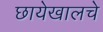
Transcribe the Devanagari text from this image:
छायेखालचे